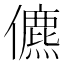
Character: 儦